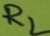
Text: RL